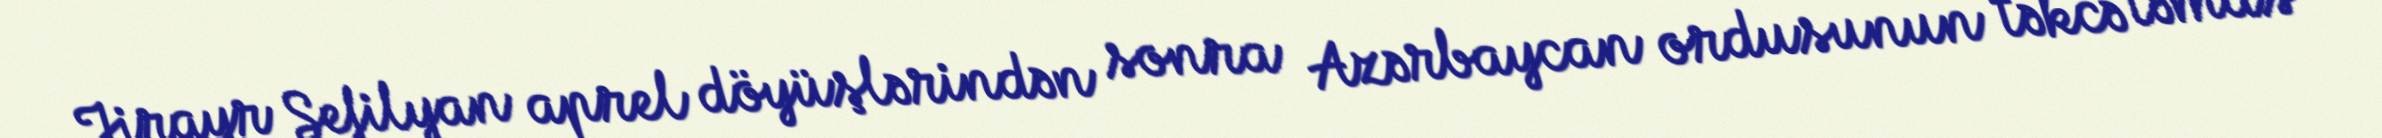
Jirayr Sefilyan aprel döyüşlərindən sonra Azərbaycan ordusunun təkcə təmas